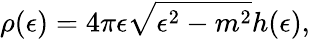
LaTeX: \rho(\epsilon)=4\pi\epsilon\sqrt{\epsilon^{2}-m^{2}}h(\epsilon),